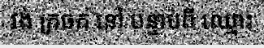
វង់ ក្រចក នៅ បន្ទាប់ពី ឈ្មោះ